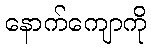
နောက်ကျောကို